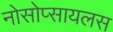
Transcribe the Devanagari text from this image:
नोसोप्सायलस